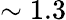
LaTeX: \sim 1.3